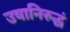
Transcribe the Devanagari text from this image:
उषानिरुद्धं